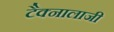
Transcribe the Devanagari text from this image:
टैक्नालाजी